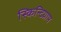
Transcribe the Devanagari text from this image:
स्किन्टिग्राम